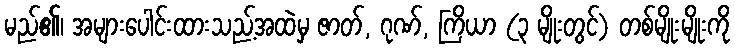
မည်၏၊ အများပေါင်းထားသည့်အထဲမှ ဇာတ်, ဂုဏ်, ကြိယာ (၃ မျိုးတွင်) တစ်မျိုးမျိုးကို